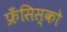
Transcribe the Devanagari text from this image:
फ्रँसिस्को